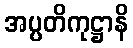
အပ္ပတိကုဋ္ဌာနိ